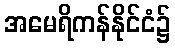
အမေရိကန်နိုင်ငံ၌